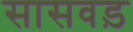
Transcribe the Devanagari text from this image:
सासवड़